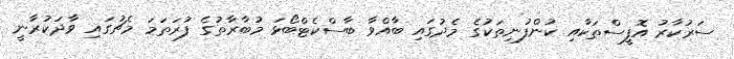
ސަރުކާރު އޮފީސްތަކާއި ކުންފުނިތަކުގެ މެދުގައި ބާއްވާ ބާސްކެޓްބޯޅަ މުބާރާތުގެ ފުރަތަމަ މެޗުގައި ވާދަކުރާނީ